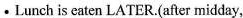
·Lunch is eaten LATER.(after midday,